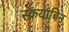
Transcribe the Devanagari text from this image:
स्क्रयाबिन